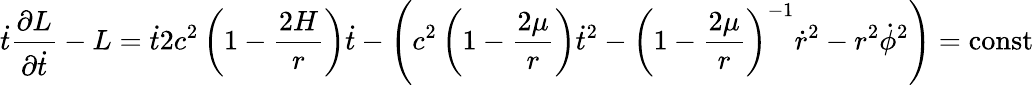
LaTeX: \dot{t}\frac{\partial L}{\partial\dot{t}}-L=\dot{t}2c^{2}\left(1-\frac{2H}{r}\right)\dot{t}-\left(c^{2}\left(1-\frac{2\mu}{r}\right)\dot{t}^{2}-\left(1-\frac{2\mu}{r}\right)^{-1}\dot{r}^{2}-r^{2}\dot{\phi}^{2}\right)=\operatorname{const}